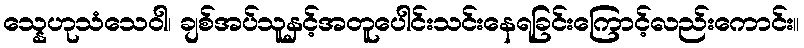
သ္နေဟုသံသေဝါ၊ ချစ်အပ်သူနှင့်အတူပေါင်းသင်းနေရခြင်းကြောင့်လည်းကောင်း။